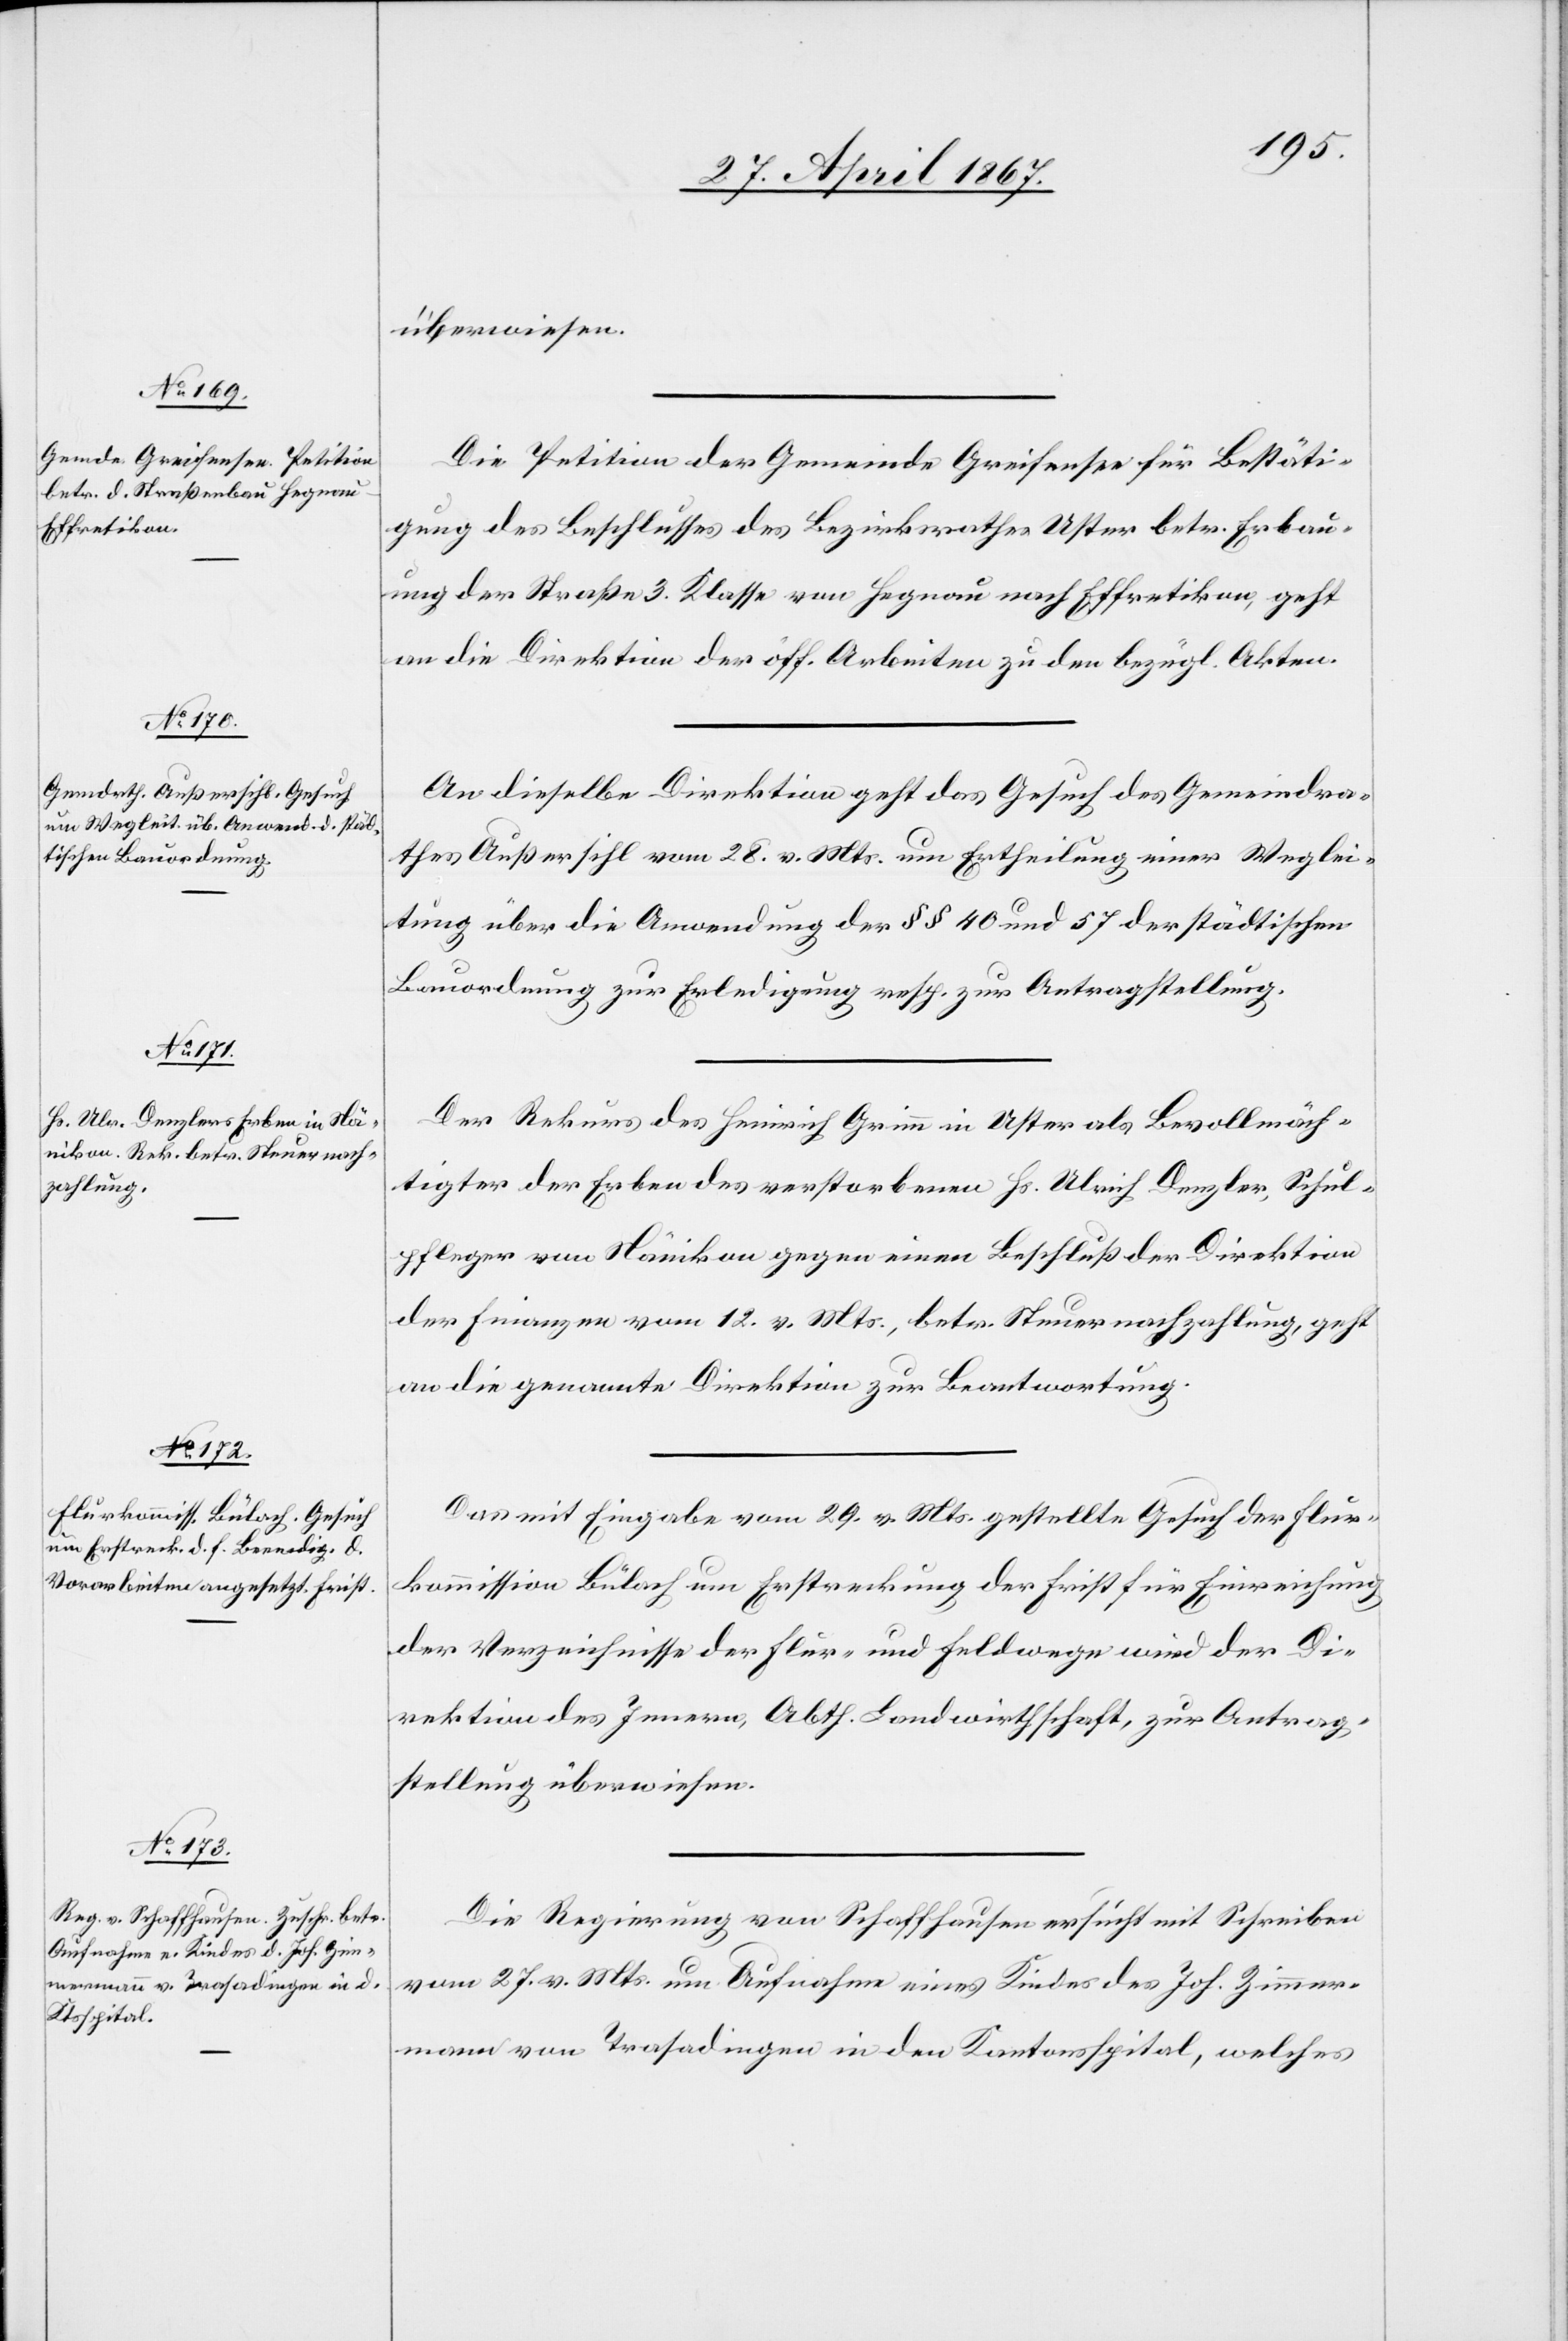
überwiesen.
Die Petition der Gemeinde Greifensee für Bestäti¬
gung des Beschlusses des Bezirksrathes Uster betr. Erbau¬
ung der Straße 3. Klasse von Hegnau nach Effretikon, geht
an die Direktion der öff. Arbeiten zu den bezügl. Akten.
An dieselbe Direktion geht das Gesuch des Gemeindra¬
thes Außersihl vom 28. v. Mts. um Ertheilung einer Weglei¬
tung über die Anwendung der §§ 40 und 57 der städtischen
Bauordnung zur Erledigung resp. zur Antragstellung.
Der Rekurs des Heinrich Grimm in Uster als Bevollmäch¬
tigter der Erben des verstorbenen Hs. Ulrich Denzler, Schul¬
pfleger von Nänikon gegen einen Beschluß der Direktion
der Finanzen vom 12. v. Mts., betr. Steuernachzahlung, geht
an die genannte Direktion zur Beantwortung.
Das mit Eingabe vom 29. v. Mts. gestellte Gesuch der Flur¬
kommission Bülach um Erstreckung der Frist für Einreichung
der Verzeichnisse der Flur- und Feldwege wird der Di¬
rektion des Innern, Abth. Landwirthschaft, zur Antrag¬
stellung überwiesen.
Die Regierung von Schaffhausen ersucht mit Schreiben
vom 27. v. Mts. um Aufnahme eines Kindes des Joh. Zimmer¬
mann von Trasadingen in den Kantonsspital, welches